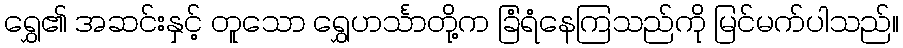
ရွှေ၏ အဆင်းနှင့် တူသော ရွှေဟင်္သာတို့က ခြံရံနေကြသည်ကို မြင်မက်ပါသည်။